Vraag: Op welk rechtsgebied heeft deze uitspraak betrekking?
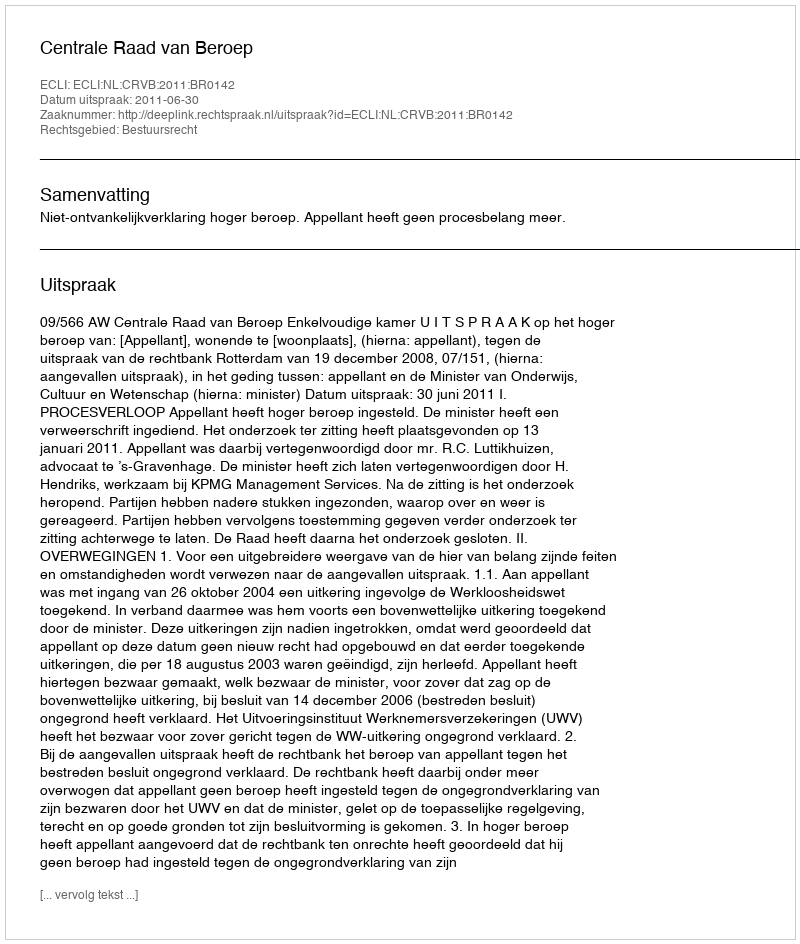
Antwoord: Bestuursrecht